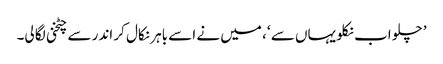
’ چلو اب نکلو یہاں سے ‘، میں نے اسے باہر نکال کر اندر سے چٹخنی لگا لی۔